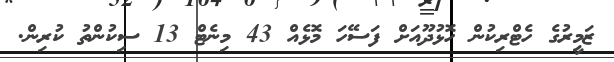
ޒަމީރުގެ ހެޓްރިކުން ހޮޅުދޫއަށް ފަސޭހަ މޮޅެއް 43 މިނެޓް 13 ސިކުންތު ކުރިން.